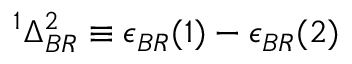
^ { 1 } \Delta _ { B R } ^ { 2 } \equiv \epsilon _ { B R } ( 1 ) - \epsilon _ { B R } ( 2 )